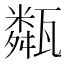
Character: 甐